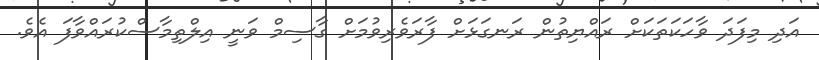
އަދި މިފަދަ ވާހަކަތަކަށް ރައްޔިތުން ރަނގަޅަށް ފާރަވެރިވުމަށް ގާސިމް ވަނީ އިލްތިމާސްކުރައްވާފަ އެވެ.